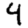
Digit: 4